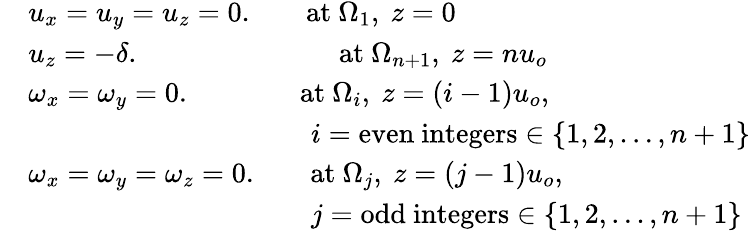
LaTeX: \begin{array}{rl}&{u_{x}=u_{y}=u_{z}=0.\qquad\mathrm{at}~\Omega_{1},\mathrm{~}z=0}\\ &{u_{z}=-\delta.\qquad\qquad\qquad\quad\mathrm{at}~\Omega_{n+1},\mathrm{~}z=nu_{o}}\\ &{\omega_{x}=\omega_{y}=0.\qquad\qquad\mathrm{at}~\Omega_{i},\mathrm{~}z=(i-1)u_{o},}\\ &{\qquad\qquad\qquad\qquad\qquad i=\mathrm{even~integers}\in\{ 1,2,\ldots,n+1\} }\\ &{\omega_{x}=\omega_{y}=\omega_{z}=0.\qquad\mathrm{at}~\Omega_{j},\mathrm{~}z=(j-1)u_{o},}\\ &{\qquad\qquad\qquad\qquad\qquad j=\mathrm{odd~integers}\in\{ 1,2,\ldots,n+1\} }\end{array}